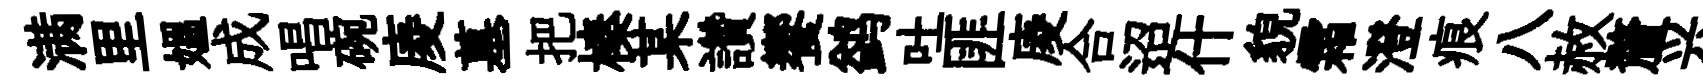
满里媪成唱碗庱墓把榛某讚饗鹢吐匪庱合迢什貌霜澄痕八赦釐兴